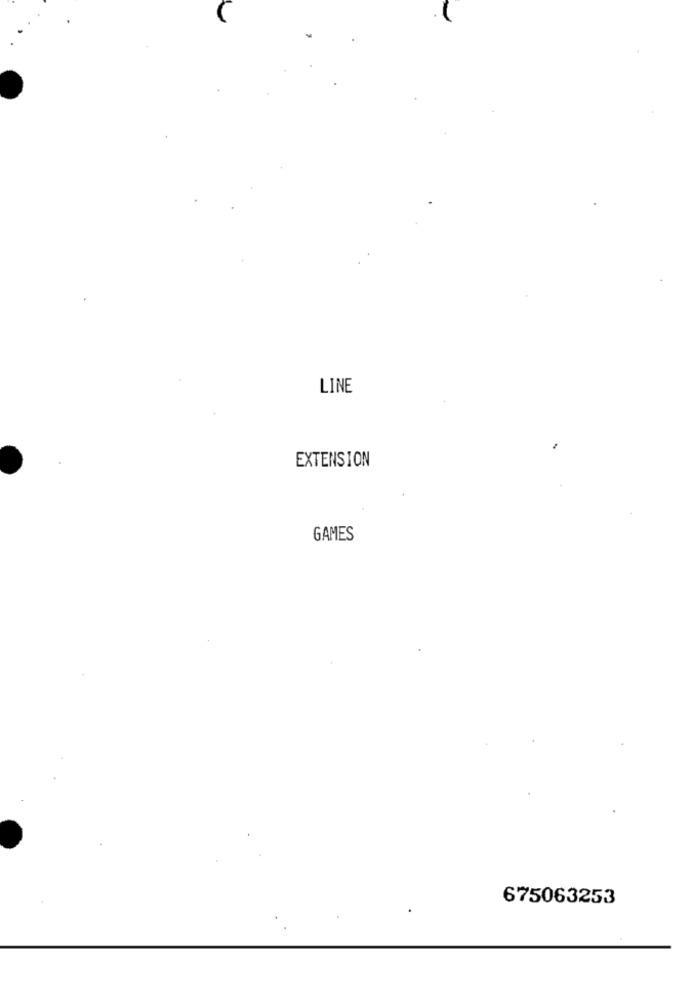
LINE
EXTENSION
GAMES
675063253